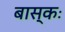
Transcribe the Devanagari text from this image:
बास्कः